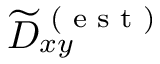
\widetilde { D } _ { x y } ^ { \textrm { ( e s t ) } }